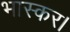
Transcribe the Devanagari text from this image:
भास्कर।